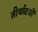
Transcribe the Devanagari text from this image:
तीर्थाटकों